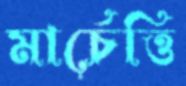
মার্চেত্তি